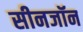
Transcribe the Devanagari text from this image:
सीनजॉन